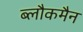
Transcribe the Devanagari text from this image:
ब्लौकमैन